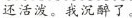
还活泼。我沉醉了。